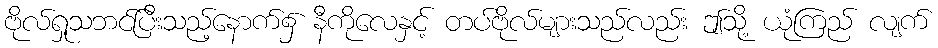
ဗိုလ်ရှုသဘင်ပြီးသည့်နောက်၌ နီကိုလေနှင့် တပ်ဗိုလ်များသည်လည်း ဤသို့ ယုံကြည် လျက်